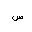
Letter: _sin